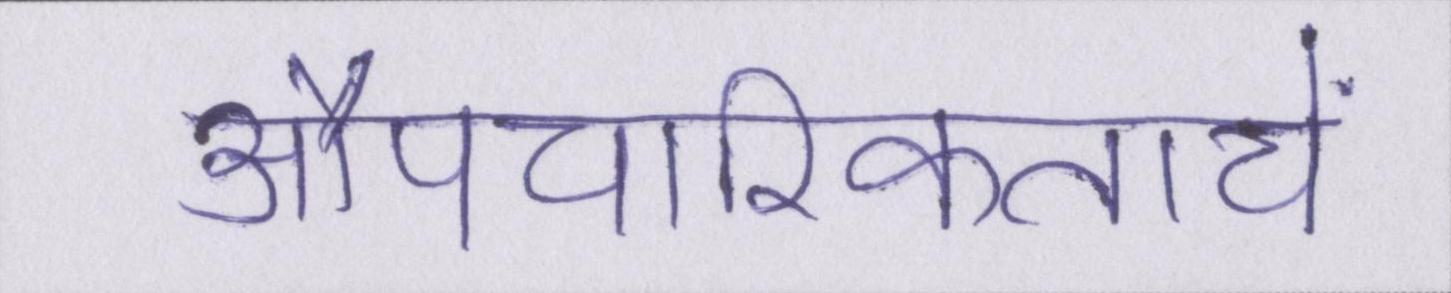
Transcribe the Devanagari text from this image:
औपचारिकतायें